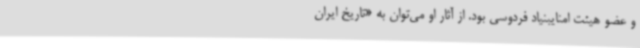
و عضو هیئت امنایبنیاد فردوسی بود. از آثار او می‌توان به «تاریخ ایران